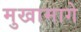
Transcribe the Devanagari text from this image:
मुखामागे